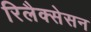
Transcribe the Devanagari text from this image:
रिलैक्सेसन